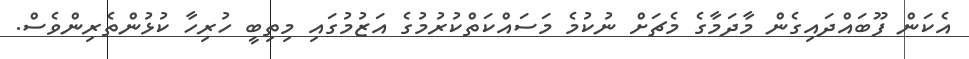
އެކަން ފޫބައްދައިގެން މާދަމާގެ މެޗަށް ނުކުމެ މަސައްކަތްކުރުމުގެ އަޒުމުގައި މިތިބީ ހުރިހާ ކުޅުންތެރިންވެސް.